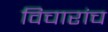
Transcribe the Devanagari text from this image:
विचारांच